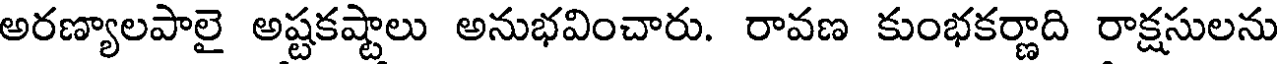
అరణ్యాలపాలై అష్టకష్టాలు అనుభవించారు. రావణ కుంభకర్ణాది రాక్షసులను